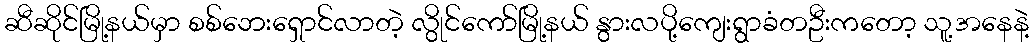
ဆီဆိုင်မြို့နယ်မှာ စစ်ဘေးရှောင်လာတဲ့ လွိုင်ကော်မြို့နယ် နွားလပို့ကျေးရွာခံတဦးကတော့ သူ့အနေနဲ့